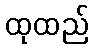
ထုထည်